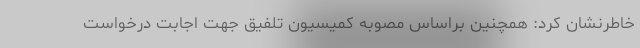
خاطرنشان کرد: همچنین براساس مصوبه کمیسیون تلفیق جهت اجابت درخواست